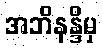
အဘိနန္ဒိမှ